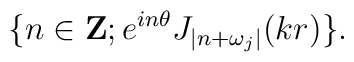
\{ n\in {\bf Z}; e^{in\theta} J_{|n+\omega_j|}(kr)\}.